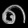
Digit: ၈